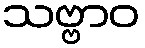
သဗ္ဗာဝ